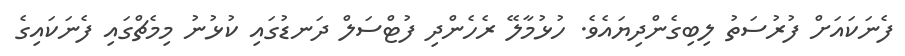
ފެނަކައަށް ފުރުސަތު ލިބިގެންދިޔައެވެ. ހުޅުމާލޭ ރެހެންދި ފުޓްސަލް ދަނޑުގައި ކުޅުނު މިމެޗްގައި ފެނަކައިގެ